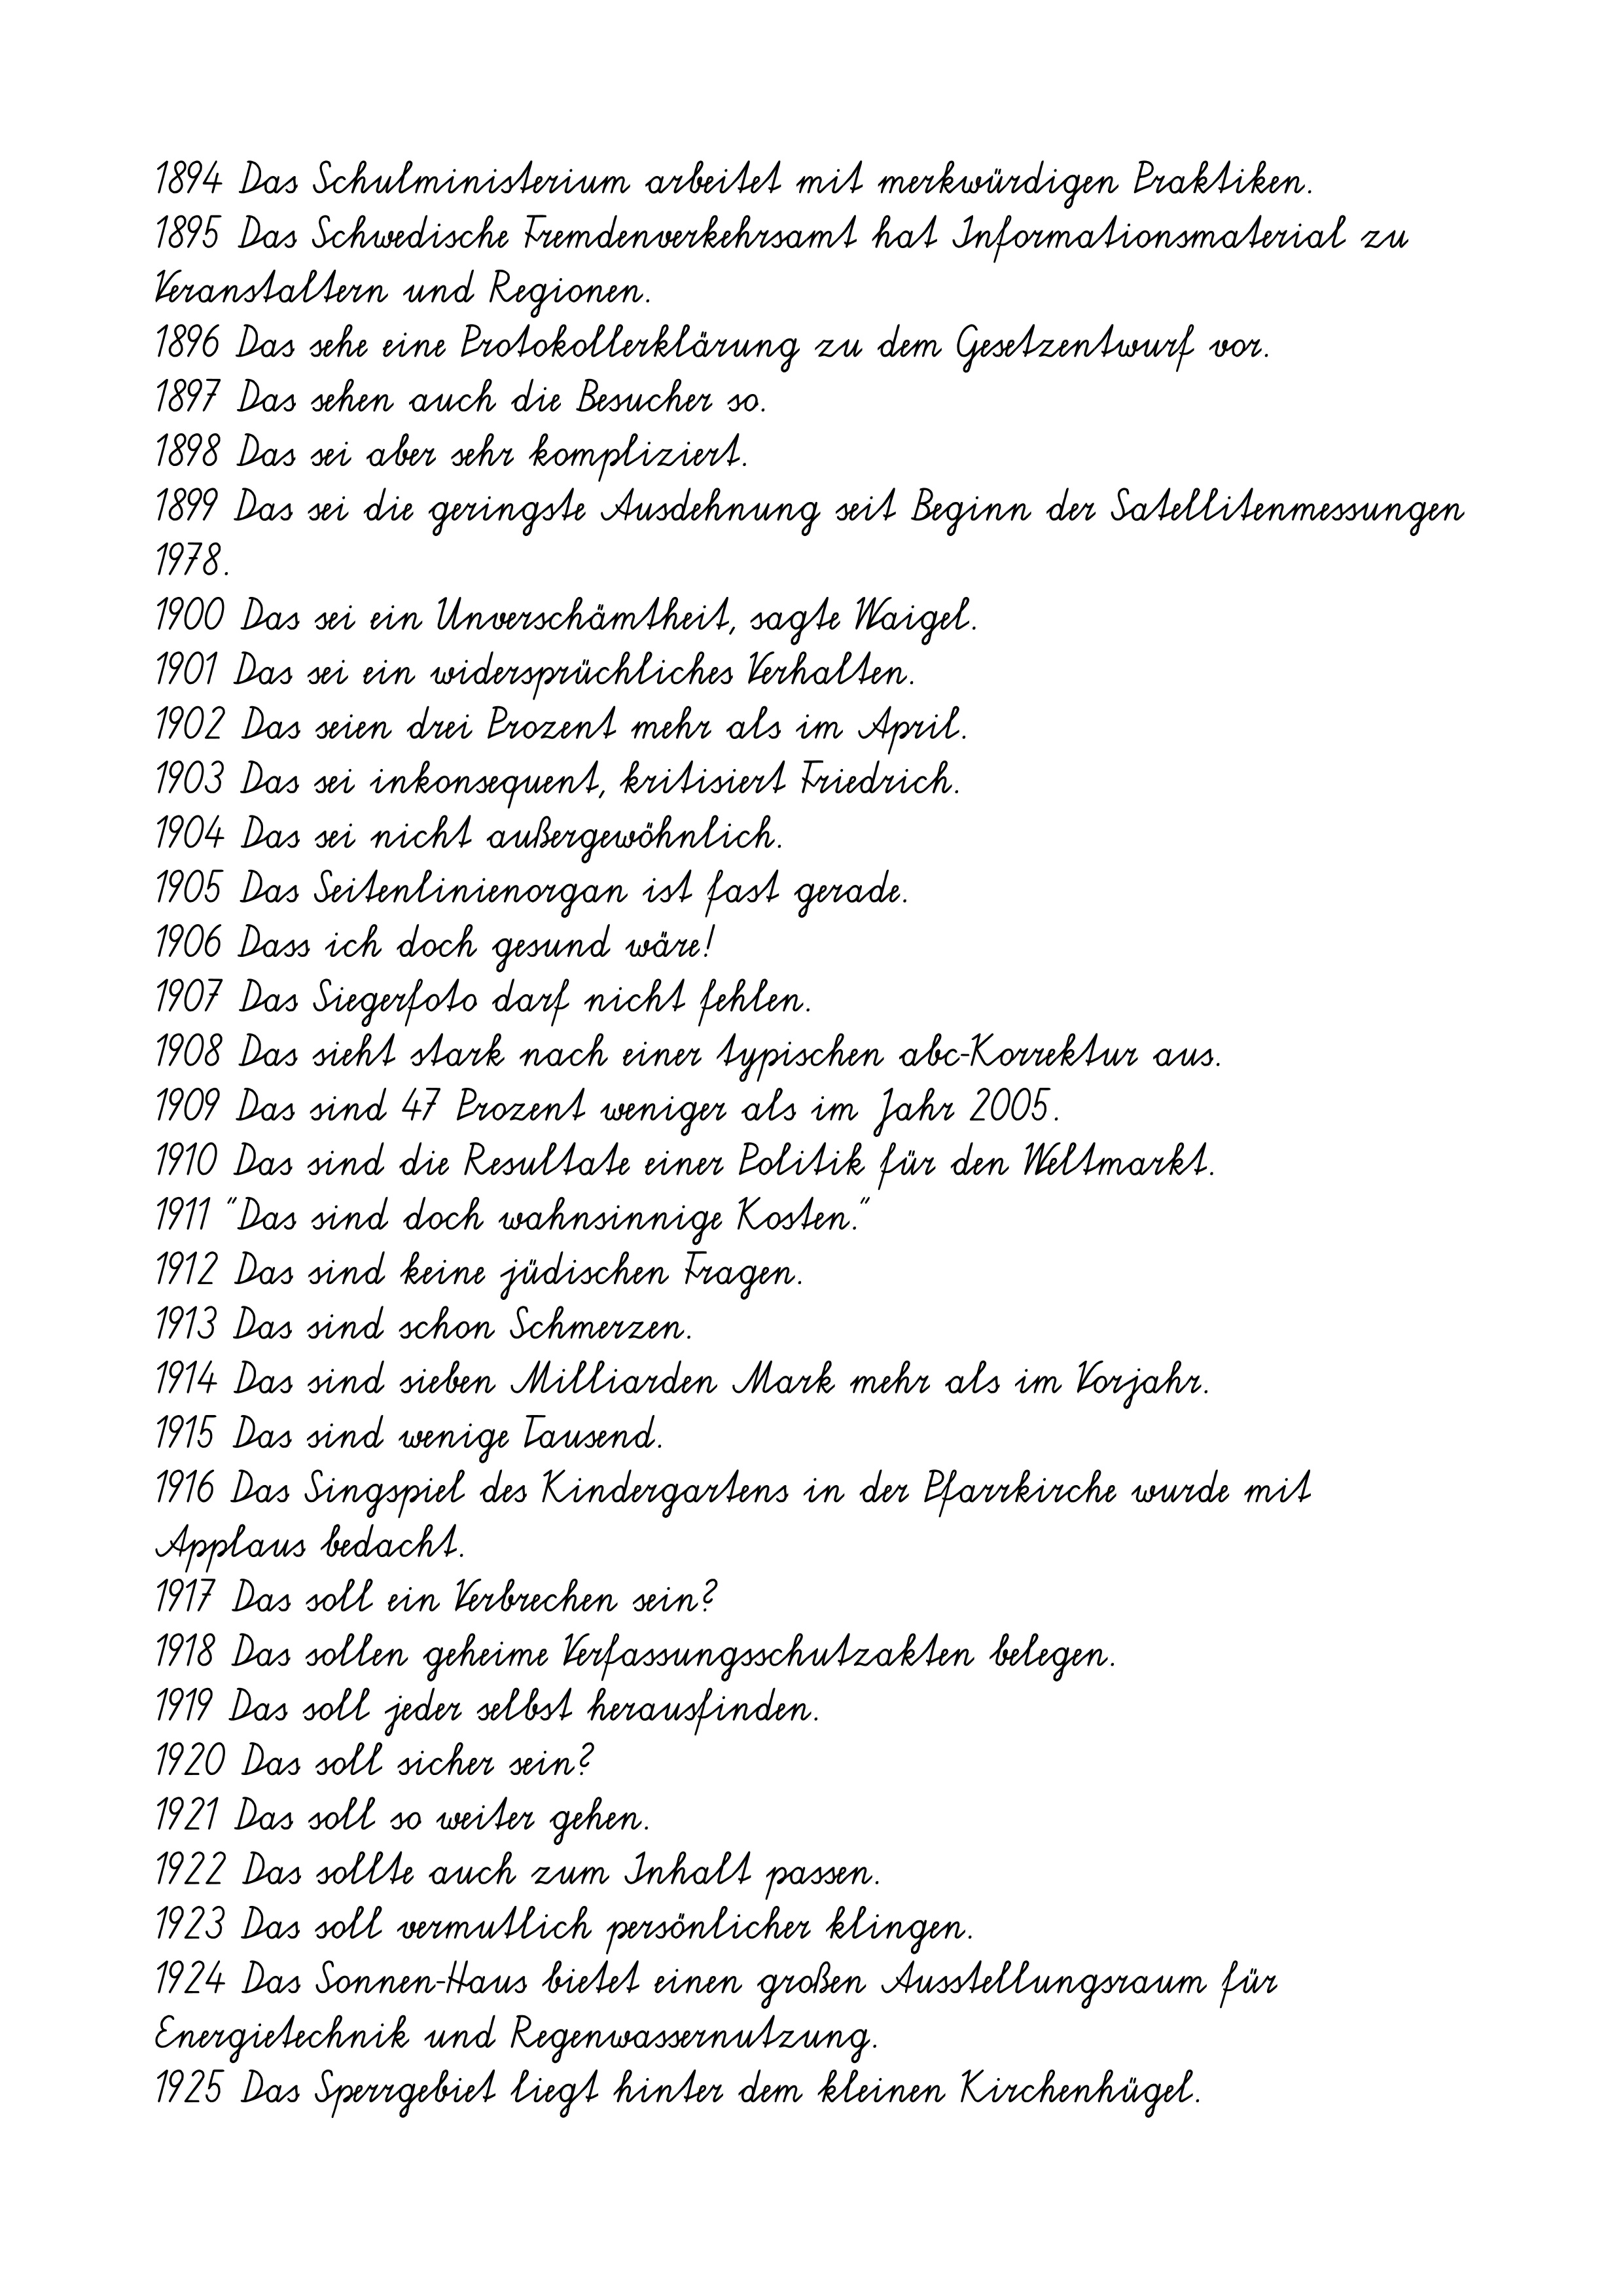
1894 Das Schulministerium arbeitet mit merkwürdigen Praktiken.
1895 Das Schwedische Fremdenverkehrsamt hat Informationsmaterial zu
Veranstaltern und Regionen.
1896 Das sehe eine Protokollerklärung zu dem Gesetzentwurf vor.
1897 Das sehen auch die Besucher so.
1898 Das sei aber sehr kompliziert.
1899 Das sei die geringste Ausdehnung seit Beginn der Satellitenmessungen
1978.
1900 Das sei ein Unverschämtheit, sagte Waigel.
1901 Das sei ein widersprüchliches Verhalten.
1902 Das seien drei Prozent mehr als im April.
1903 Das sei inkonsequent, kritisiert Friedrich.
1904 Das sei nicht außergewöhnlich.
1905 Das Seitenlinienorgan ist fast gerade.
1906 Dass ich doch gesund wäre!
1907 Das Siegerfoto darf nicht fehlen.
1908 Das sieht stark nach einer typischen abc-Korrektur aus.
1909 Das sind 47 Prozent weniger als im Jahr 2005.
1910 Das sind die Resultate einer Politik für den Weltmarkt.
1911 "Das sind doch wahnsinnige Kosten."
1912 Das sind keine jüdischen Fragen.
1913 Das sind schon Schmerzen.
1914 Das sind sieben Milliarden Mark mehr als im Vorjahr.
1915 Das sind wenige Tausend.
1916 Das Singspiel des Kindergartens in der Pfarrkirche wurde mit
Applaus bedacht.
1917 Das soll ein Verbrechen sein?
1918 Das sollen geheime Verfassungsschutzakten belegen.
1919 Das soll jeder selbst herausfinden.
1920 Das soll sicher sein?
1921 Das soll so weiter gehen.
1922 Das sollte auch zum Inhalt passen.
1923 Das soll vermutlich persönlicher klingen.
1924 Das Sonnen-Haus bietet einen großen Ausstellungsraum für
Energietechnik und Regenwassernutzung.
1925 Das Sperrgebiet liegt hinter dem kleinen Kirchenhügel.